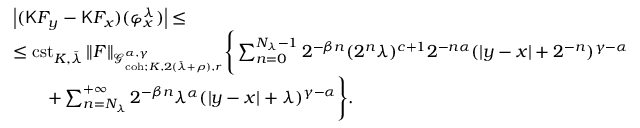
\begin{array} { r l } & { \left| ( \mathsf { K } F _ { y } - \mathsf { K } F _ { x } ) ( \varphi _ { x } ^ { \lambda } ) \right| \le } \\ & { \le \mathrm { c s t } _ { K , \bar { \lambda } } \, \| F \| _ { \mathcal { G } _ { \mathrm { c o h } ; K , 2 ( \bar { \lambda } + \rho ) , r } ^ { \alpha , \gamma } } \Bigg \{ \sum _ { n = 0 } ^ { N _ { \lambda } - 1 } 2 ^ { - \beta n } ( 2 ^ { n } \lambda ) ^ { c + 1 } 2 ^ { - n \alpha } ( | y - x | + 2 ^ { - n } ) ^ { \gamma - \alpha } } \\ & { \qquad + \sum _ { n = N _ { \lambda } } ^ { + \infty } 2 ^ { - \beta n } \lambda ^ { \alpha } ( | y - x | + \lambda ) ^ { \gamma - \alpha } \Bigg \} . } \end{array}